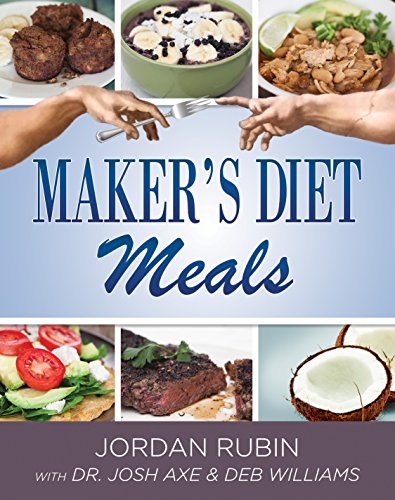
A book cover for Maker's Diet Meals: Biblically-Inspired Delicious and Nutritous Recipes for the Entire Family; Jordan Rubin; Cookbooks, Food & Wine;